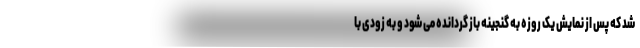
شد که پس از نمایش یک روزه به گنجینه باز گردانده می شود و به زودی با